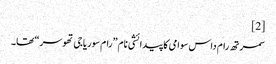
[2]
سمرتھ رام داس سوامی کا پیدائشی نام ”رام سوریاجی تھوسر“ تھا۔